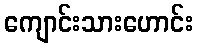
ကျောင်းသားဟောင်း